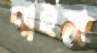
বাইসা